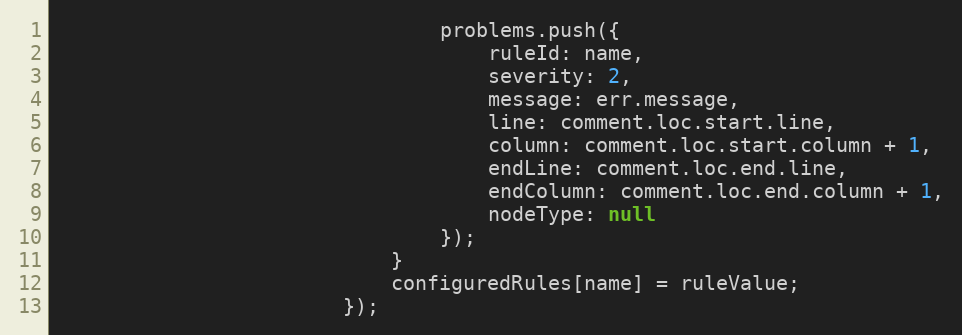
Language: JavaScript
                                problems.push({
                                    ruleId: name,
                                    severity: 2,
                                    message: err.message,
                                    line: comment.loc.start.line,
                                    column: comment.loc.start.column + 1,
                                    endLine: comment.loc.end.line,
                                    endColumn: comment.loc.end.column + 1,
                                    nodeType: null
                                });
                            }
                            configuredRules[name] = ruleValue;
                        });